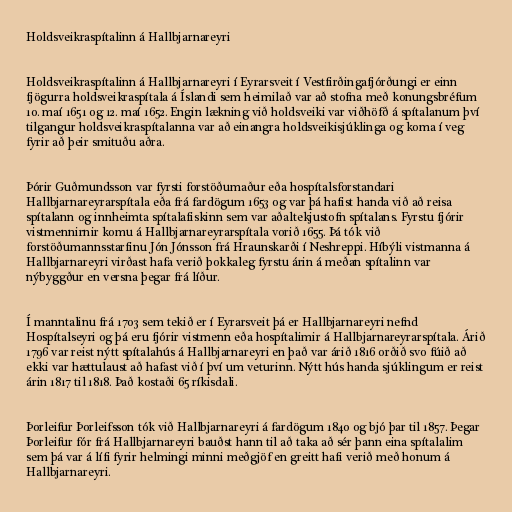
Holdsveikraspítalinn á Hallbjarnareyri

Holdsveikraspítalinn á Hallbjarnareyri í Eyrarsveit í Vestfirðingafjórðungi er einn
fjögurra holdsveikraspítala á Íslandi sem heimilað var að stofna með konungsbréfum
10. maí 1651 og 12. maí 1652. Engin lækning við holdsveiki var viðhöfð á spítalanum því
tilgangur holdsveikraspítalanna var að einangra holdsveikisjúklinga og koma í veg
fyrir að þeir smituðu aðra.

Þórir Guðmundsson var fyrsti forstöðumaður eða hospítalsforstandari
Hallbjarnareyrarspítala eða frá fardögum 1653 og var þá hafist handa við að reisa
spítalann og innheimta spítalafiskinn sem var aðaltekjustofn spítalans. Fyrstu fjórir
vistmennirnir komu á Hallbjarnareyrarspítala vorið 1655. Þá tók við
forstöðumannsstarfinu Jón Jónsson frá Hraunskarði í Neshreppi. Híbýli vistmanna á
Hallbjarnareyri virðast hafa verið þokkaleg fyrstu árin á meðan spítalinn var
nýbyggður en versna þegar frá líður.

Í manntalinu frá 1703 sem tekið er í Eyrarsveit þá er Hallbjarnareyri nefnd
Hospítalseyri og þá eru fjórir vistmenn eða hospítalimir á Hallbjarnareyrarspítala. Árið
1796 var reist nýtt spítalahús á Hallbjarnareyri en það var árið 1816 orðið svo fúið að
ekki var hættulaust að hafast við í því um veturinn. Nýtt hús handa sjúklingum er reist
árin 1817 til 1818. Það kostaði 65 ríkisdali.

Þorleifur Þorleifsson tók við Hallbjarnareyri á fardögum 1840 og bjó þar til 1857. Þegar
Þorleifur fór frá Hallbjarnareyri bauðst hann til að taka að sér þann eina spítalalim
sem þá var á lífi fyrir helmingi minni meðgjöf en greitt hafi verið með honum á
Hallbjarnareyri.